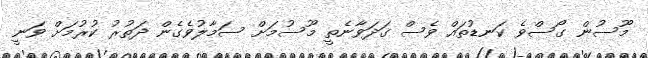
މޫސުން ގޯސްވެ ކަނޑުތައް ވެސް ގަދަވާނެތީ މޫސުމަށް ސަމާލުވެގެން ދަތުރު ކުރުމަށް ވަނީ